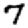
Digit: 7